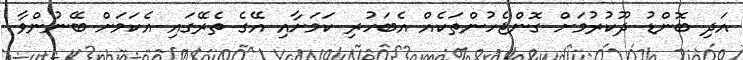
އަދި ބޮންޑު ދޫކުުރުމަށް ގޮންޖެހުންތަކެއް އެބަހުރި ކަމަށާއި އޭގެ ތެރޭގައި އެކަމަށް ބޭނުންވާ